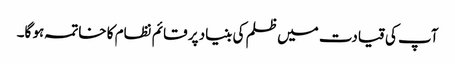
آپ کی قیادت میں ظلم کی بنیاد پر قائم نظام کا خاتمہ ہو گا۔